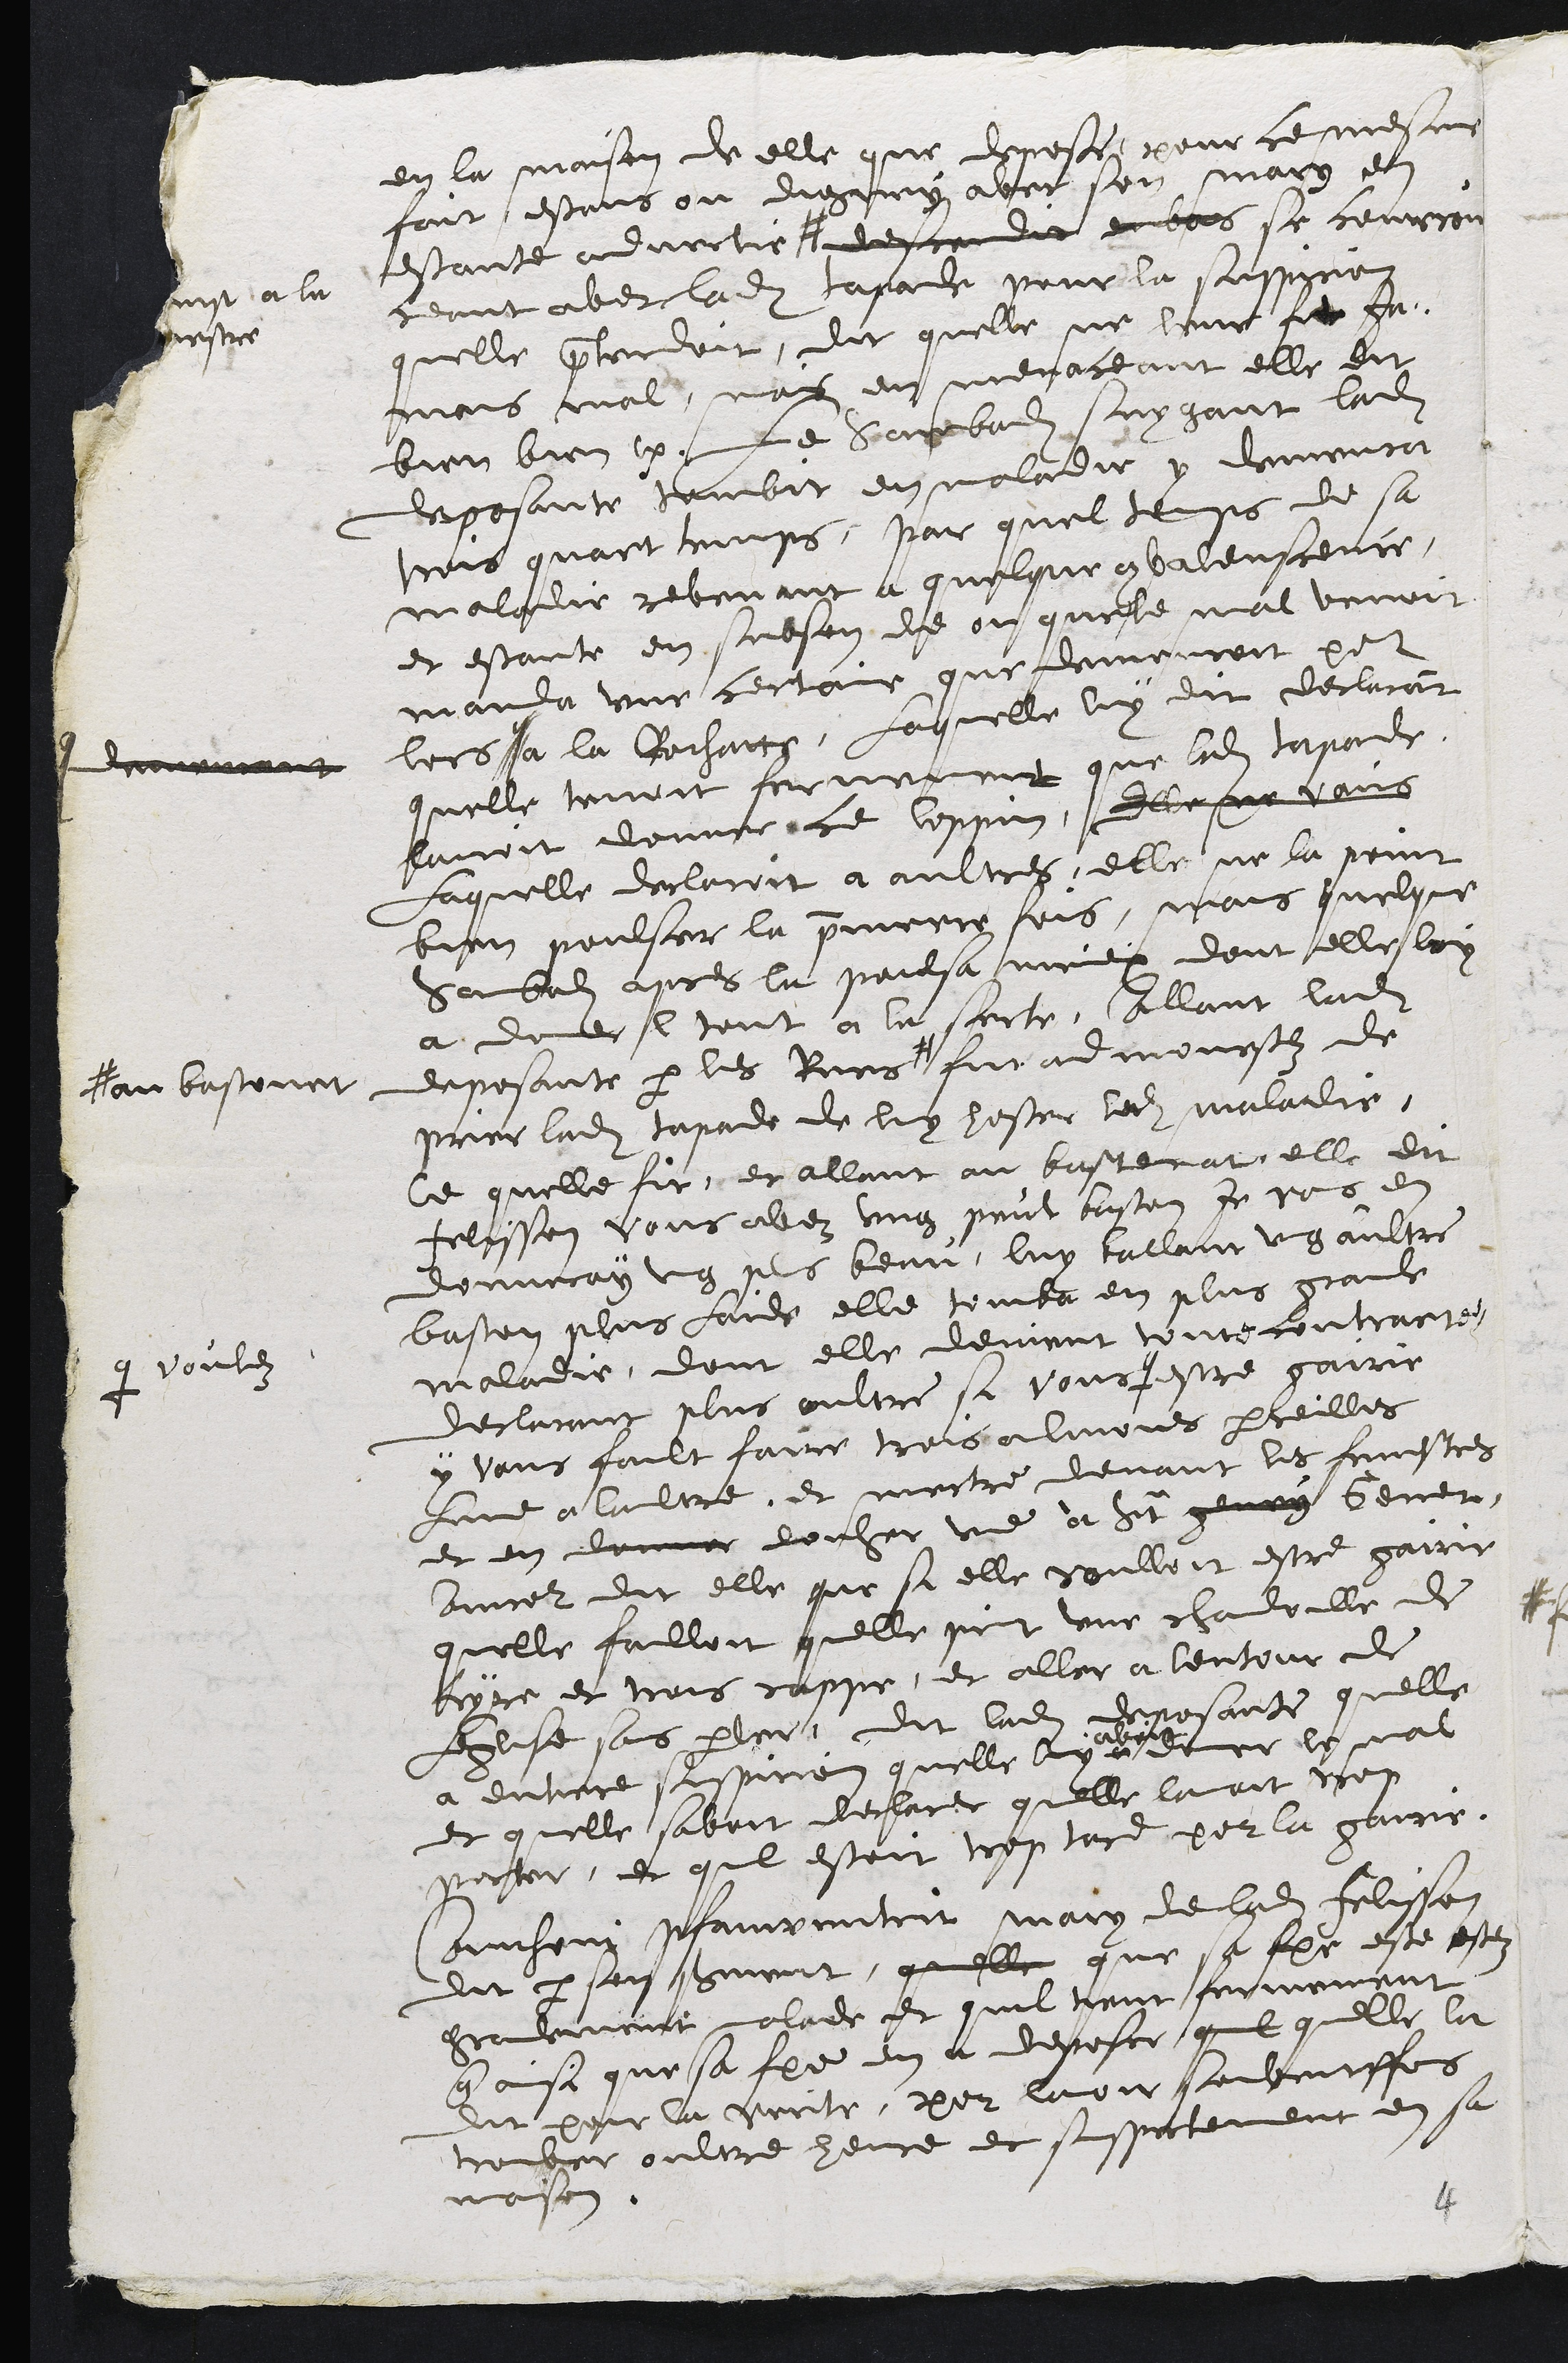
en la maison de elle que depose, pour ce mesme
fait, estans ou digney avec son mary en
estante advertie #
# se myt a la
fenestre
descendit enbas et se courrou
ceant avec ladite tapade pour la suspicion
quelle pretendoit, dit quelle ne leur fit ja-
mais mal, mais en menaceant elle dit
bien bien etc. Le sambedi suygant ladite
deposante tombit en maladie y demeura
trois quart temps, par quel temps de sa
maladie revenant a quelque convalenscence,
et estante en subson de ou que le mal venoit
manda une certaine que demeuroit pour
lors q
q demeurant
a la Rochatte, Laquelle luy dit declarant
quelle tenoit fermement que ladite tapade
lavoit donner ce loppin, Elle ne vains
Laquelle declaroit a aultres, elle ne la point
bien poulser la premiere fois, mais quelque
Sambedi apres la poulsa mieux dont elle luy
a donner l tout a la sorte, allant ladite
deposante par les Rues #
# au bastonet
fut admonestez de
prier ladite tapade de luy hoster ladite maladie,
Ce quelle fit, et allant au bastenat, elle dit
Felisson vous avez ung peut baston, Je vous en
donneray ung plus beau, luy ballant ung aultre
baston plus laid elle tomba en plus grande
maladie, dont elle devient toute contrarie.
Declarant plus oultre si vous +
+ voulez
estre gairie
y vous fault faire trois almones pareilles
Lune a laultre, et mectre devant les fenestres
et en donner vouher une à Saint genry Gener,
Ancor dit elle que si elle voulloit estre gairie
quelle failloit quelle print une chandoille de
cyre et trois cappe, et aller a lentour de
Leglise sans parler, dit ladite deposante quelle
a entiere suspicion quelle luy +
avoit
donner le mal
et quelle savoit declarer quelle lavoit trop
porter, et quil estoit trop tard pour la gairir.
Anthoni Pfauwentrit mary de ladite Felisson
dit par son serment, quelle que sa femme este estez
grandement malade et quil tient fermement
que ainsi que sa femme en a deposer, quil quelle la
dit pour la verite, pour lavoir souventsfois
trouver oultre heure et suspectement en sa
maison.